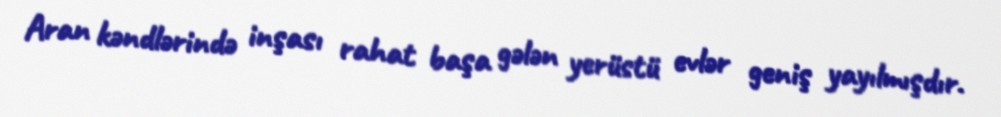
Aran kəndlərində inşası rahat başa gələn yerüstü evlər geniş yayılmışdır.